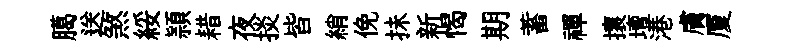
臈送煞綏頴耤夜掞皆綃俛抺新愒期蓄禪攘壇港膚厦